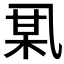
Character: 𫡪